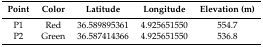
<table><thead><tr><td><b>Point</b></td><td><b>Color</b></td><td><b>Latitude</b></td><td><b>Longitude</b></td><td><b>Elevation (m)</b></td></tr></thead><tbody><tr><td>P1</td><td>Red</td><td>36.589895361</td><td>4.925651550</td><td>554.7</td></tr><tr><td>P2</td><td>Green</td><td>36.587414366</td><td>4.925651550</td><td>536.8</td></tr></tbody></table>